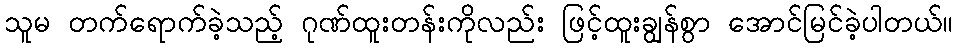
သူမ တက်ရောက်ခဲ့သည့် ဂုဏ်ထူးတန်းကိုလည်း ဖြင့်ထူးချွန်စွာ အောင်မြင်ခဲ့ပါတယ်။